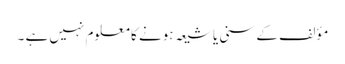
مؤلف کے سنی یا شیعہ ہونے کا معلوم نہیں ہے ۔